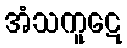
အံသကူဋေ